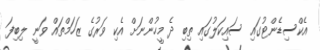
އެކްސިޑެންޓުގައި ސައިކަލުގައި ތިބި ދެ މީހުންނަށް އެކި ވަރުގެ ޒަހަމްތައް ވަނީ ލިބިފަ